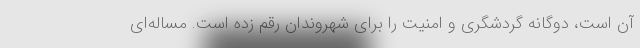
آن است، دوگانه گردشگری و امنیت را برای شهروندان رقم زده است. مساله‌ای